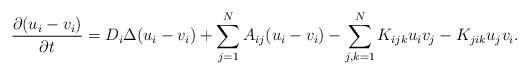
LaTeX: \begin{align*} \displaystyle \frac{\partial (u_i-v_i)}{\partial t} = D_i\Delta (u_i-v_i) + \sum_{j=1}^N A_{ij} (u_i-v_i) - \sum_{j,k=1}^N K_{ijk}u_i v_j-K_{jik}u_j v_i.\end{align*}